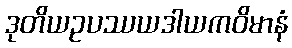
ဒုတိယဥပဿယဒါယကဝိမာနံ